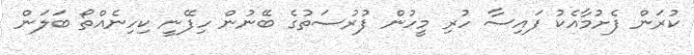
ކުރަން ފެށުމާއެކު ފައިސާ ހުރި މީހުން ފުރުސަތުގެ ބޭނުން ހިފޭނީ ކިހިނެއްތޯ ބަލަން